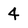
Character: 4